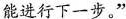
能进行下一步。